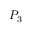
P _ { 3 }